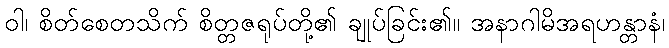
ဝါ၊ စိတ်စေတသိက် စိတ္တဇရုပ်တို့၏ ချုပ်ခြင်း၏။ အနာဂါမိအရဟန္တာနံ၊